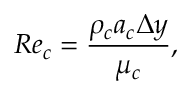
R e _ { c } = \frac { \rho _ { c } a _ { c } \Delta y } { \mu _ { c } } ,